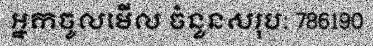
អ្នកចូលមើល ចំនួនសរុប: 786190